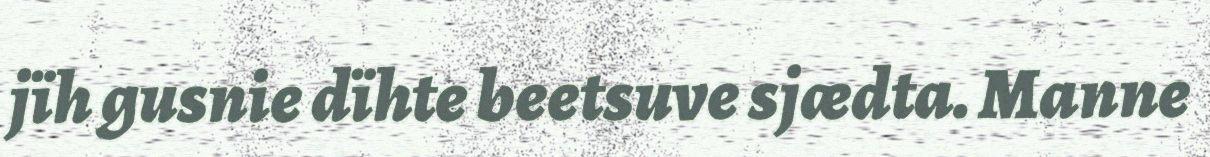
jïh gusnie dïhte beetsuve sjædta. Manne